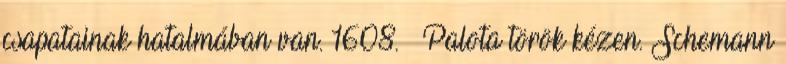
csapatainak hatalmában van. 1608. – Palota török kézen. Schemann